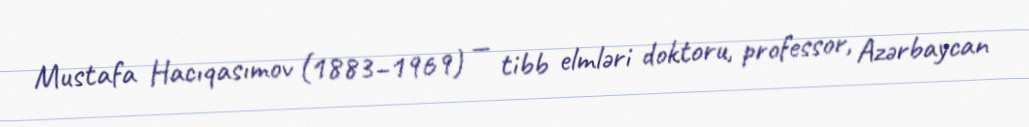
Mustafa Hacıqasımov (1883–1969) — tibb elmləri doktoru, professor, Azərbaycan